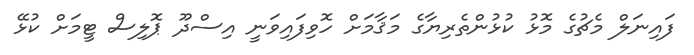
ފައިނަލް މެޗުގެ މޮޅު ކުޅުންތެރިޔާގެ މަޤާމަށް ހޮވިފައިވަނީ އިސްދޫ ޕޮލިސް ޓީމަށް ކުޅޭ